ELKNU_Viljandimaa_Komitee, lk 10
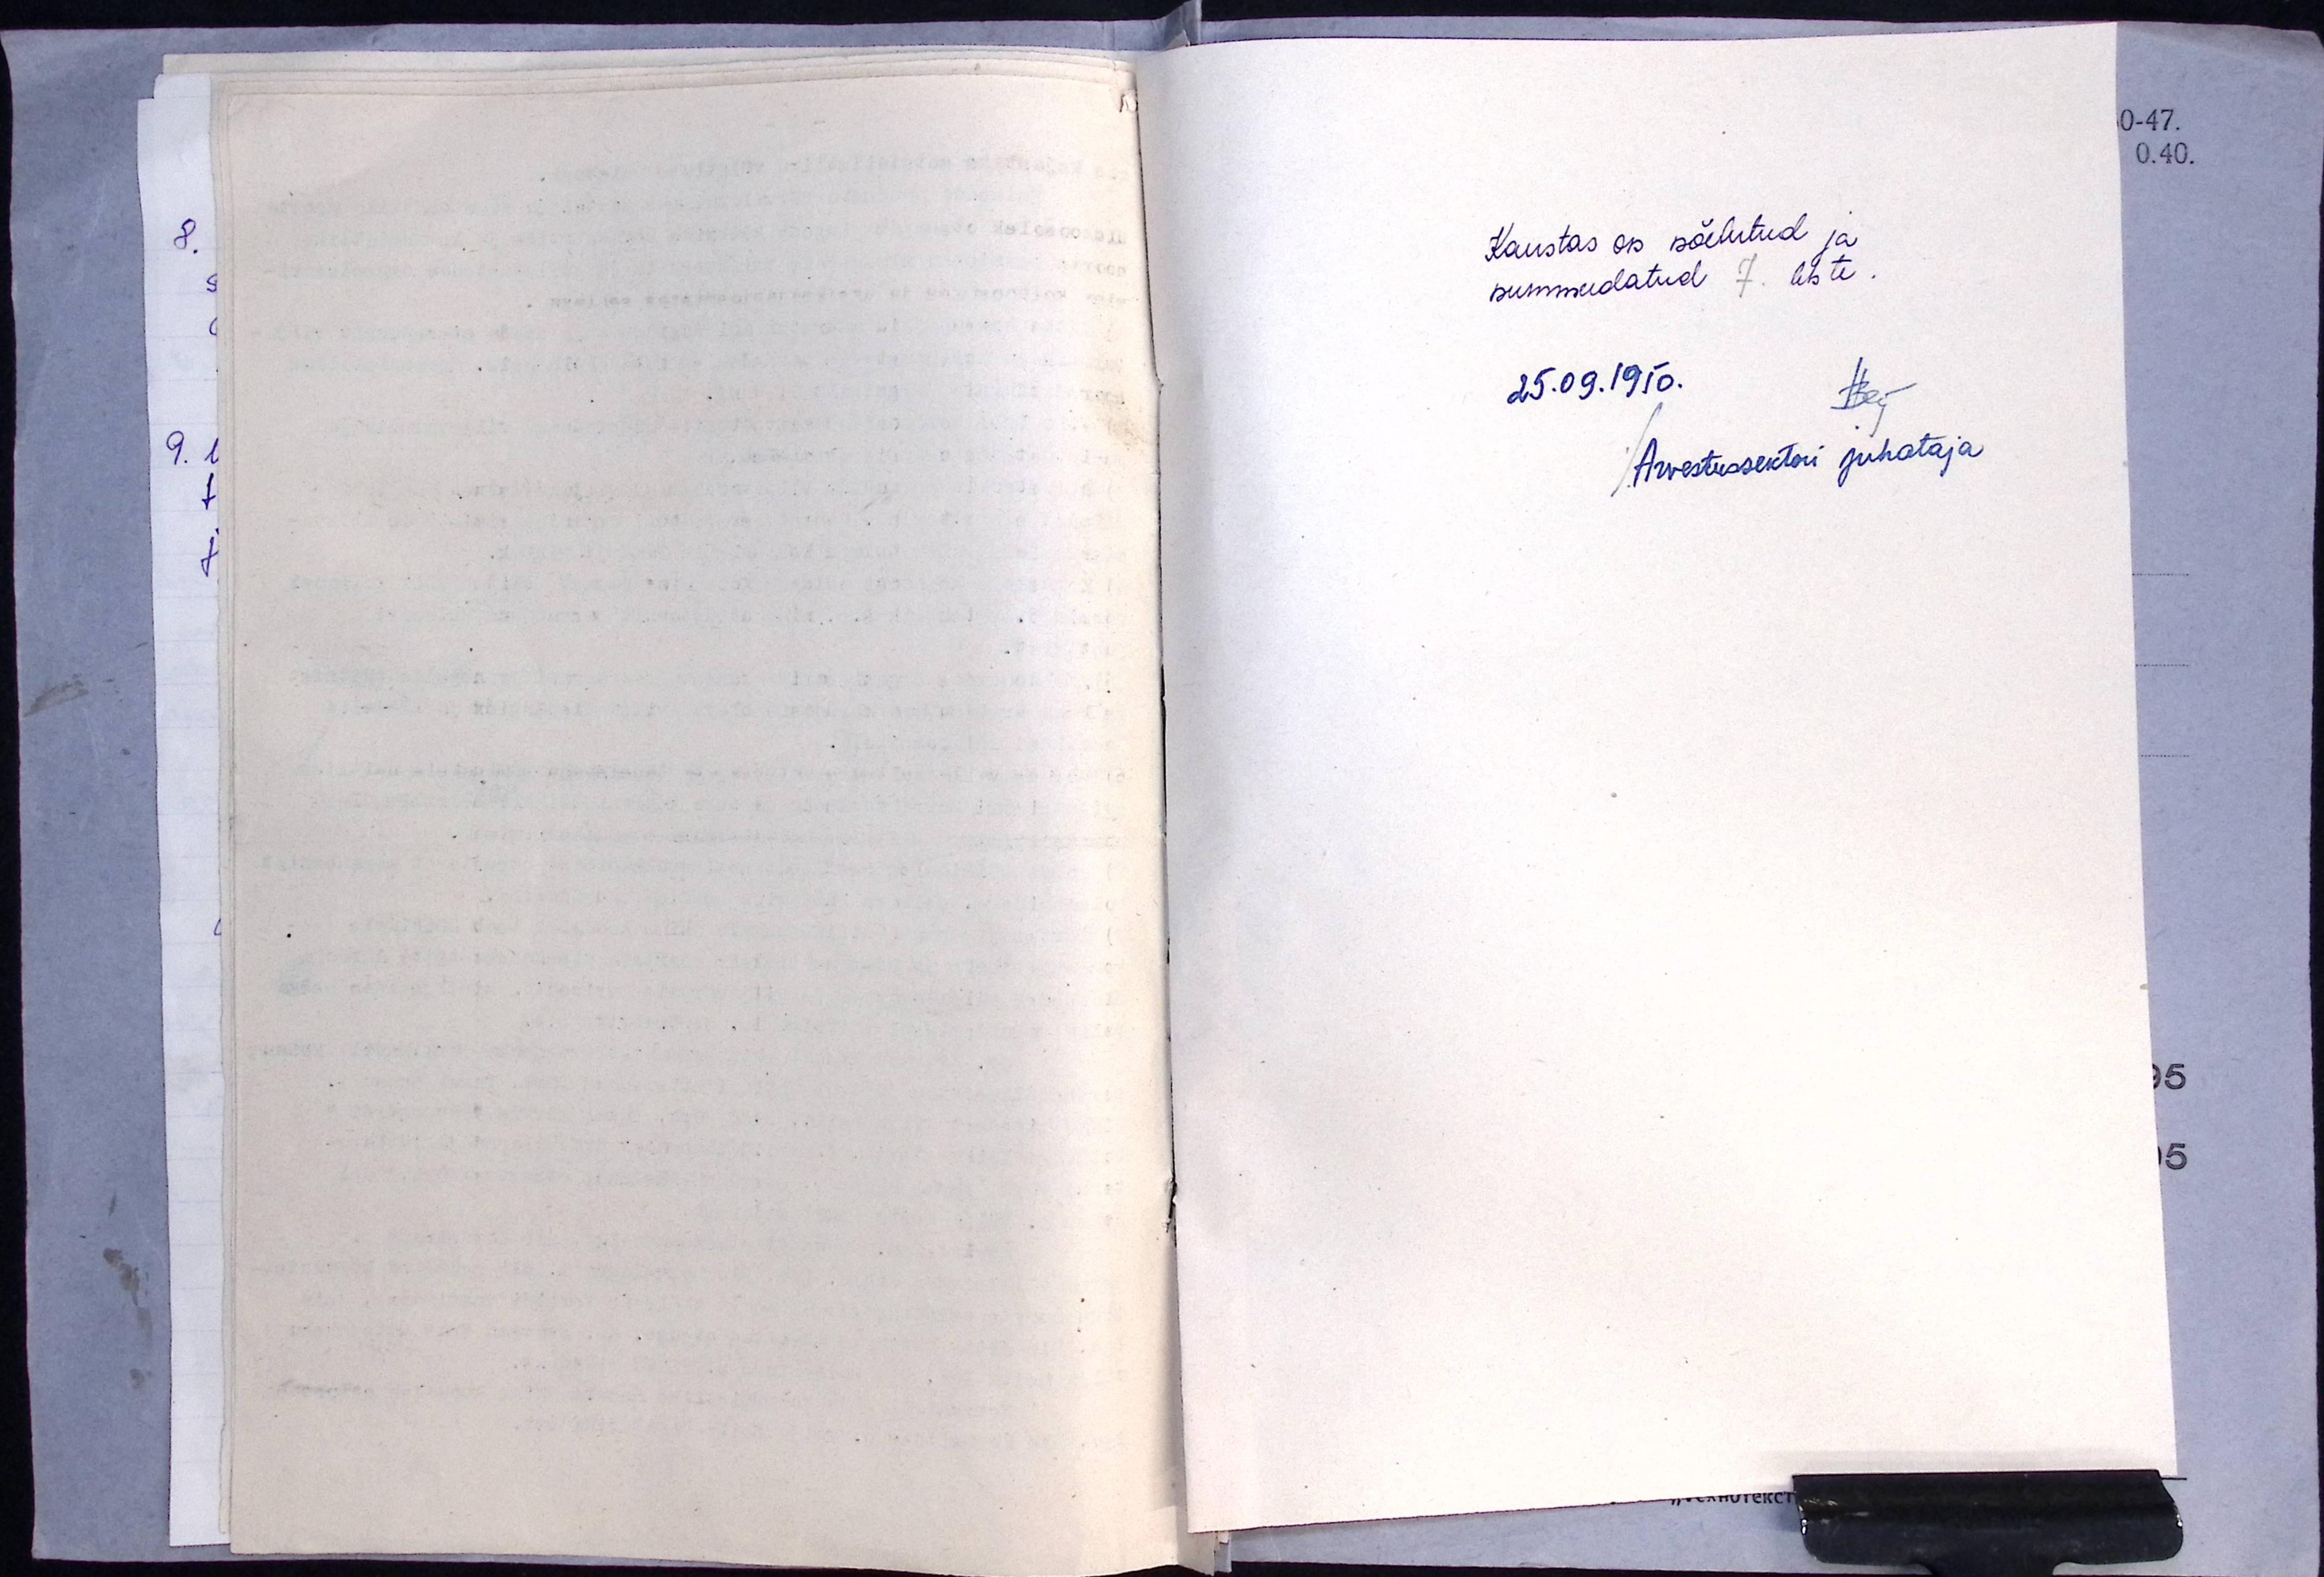
Kaustas on nõelutud ja
nummedatud 7 lehte.
25.09.1950.
Arvestussektori juhataja

0-47.

0.40.